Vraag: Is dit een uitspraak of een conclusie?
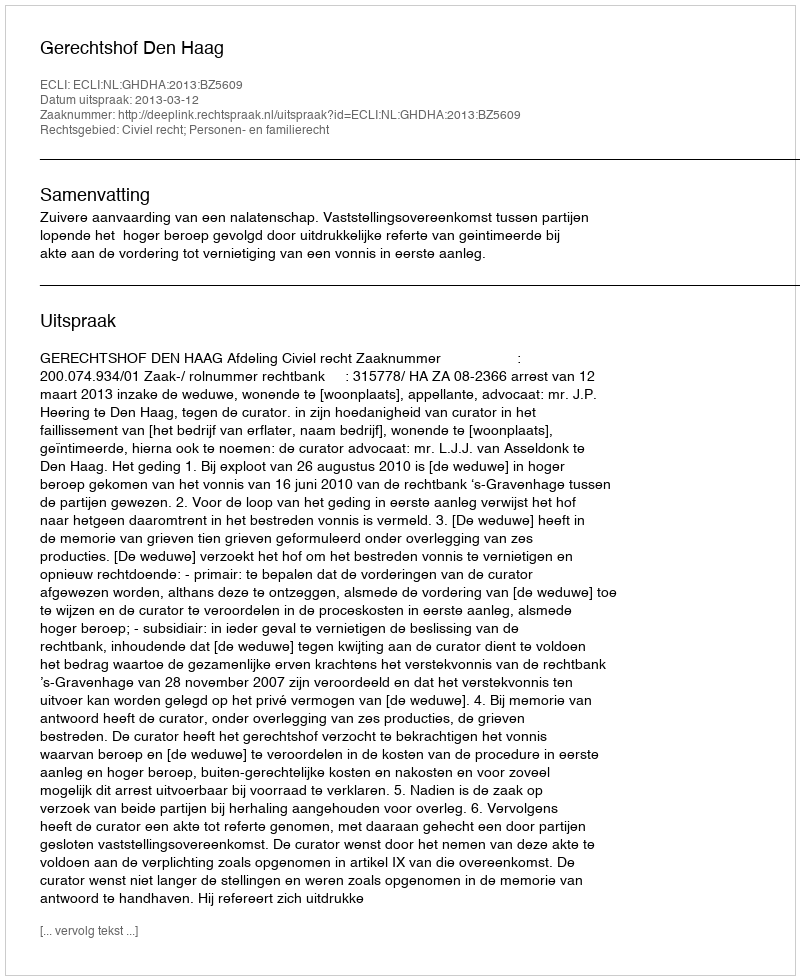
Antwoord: Uitspraak